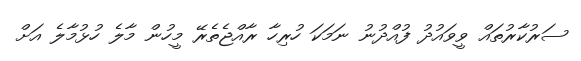
ސަރުކާރުތައް ވީވައުދު ފުއްދުނު ނަމަކަ ހުރިހާ ރާއްޖެތެރޭ މީހުން މާލެ ހުޅުމާލެ އަށް